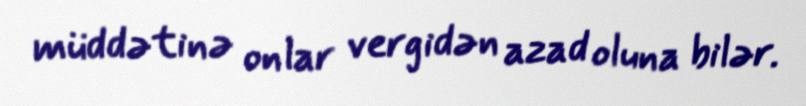
müddətinə onlar vergidən azad oluna bilər.